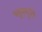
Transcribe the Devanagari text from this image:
भट्टस्मृति